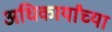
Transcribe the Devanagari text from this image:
अधिकार्यांच्या